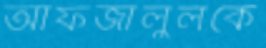
আফজালুলকে